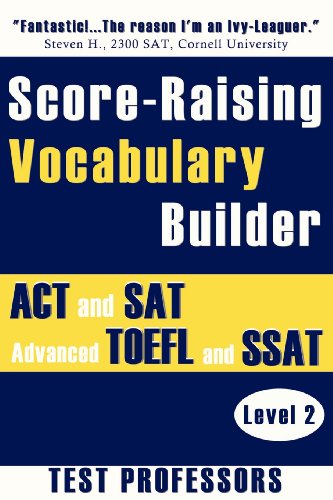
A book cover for Score-Raising Vocabulary Builder for ACT and SAT Prep & Advanced TOEFL and SSAT Study (Level 2); Paul G Simpson IV; Test Preparation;